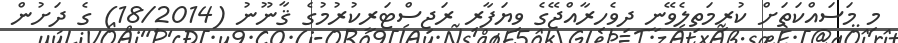
މި މަސައްކަތަށް ކުރިމަތިލެވޭނީ ދިވެހިރާއްޖޭގެ ވިޔަފާރި ރަޖިސްޓަރީކުރުމުގެ ޤާނޫނު (18/2014) ގެ ދަށުން